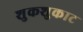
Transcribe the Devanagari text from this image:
शुकशुकाट